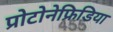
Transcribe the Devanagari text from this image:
प्रोटोनेफ्रिडिया